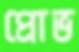
প্রোভ